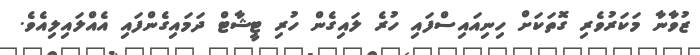
ޒުވާނާ މަކަރުވެރި ގޮތަކަށް ހިނިއައިސްފައި ހުރެ ލައިގެން ހުރި ޓީޝާޓް ދަމައިގެންފައި އެއްލައިލިއެވެ.